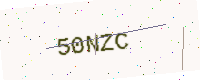
Text: 50NZC